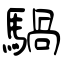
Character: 騧